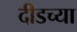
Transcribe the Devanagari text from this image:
दीडच्या